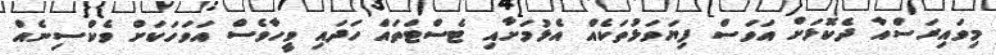
މިވައިރަސްއާ ދެކޮޅަށް އަވަސް ފިޔަވަޅުތަކެއް އެޅުމަށާއި ޓެސްޓްތައް ހަދައި ވީހާވެސް އަވަހަކަށް ވެކްސިނެއް